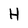
Character: H